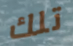
تلك